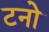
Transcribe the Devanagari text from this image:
टनो